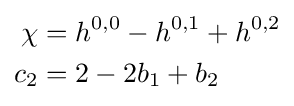
{\begin{aligned}\chi &=h^{0,0}-h^{0,1}+h^{0,2}\\c_{2}&=2-2b_{1}+b_{2}\end{aligned}}